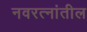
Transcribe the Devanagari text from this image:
नवरत्नांतील